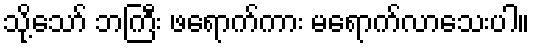
သို့သော် ဘကြီး ဖရောက်ကား မရောက်လာသေးပါ။